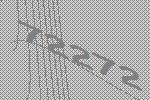
72272